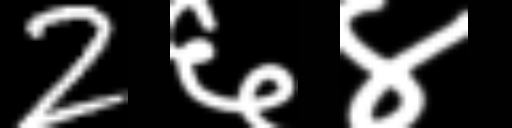
Text: 2६४